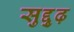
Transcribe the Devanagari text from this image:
सुद्दुृढ़